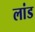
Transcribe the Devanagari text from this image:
लांड